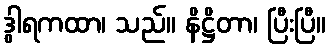
ဒွါရကထာ၊ သည်။ နိဋ္ဌိတာ၊ ပြီးပြီ။